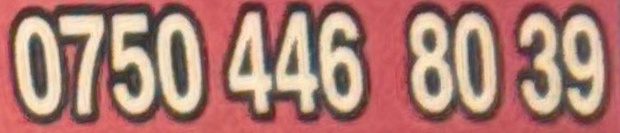
0750 446 80 39